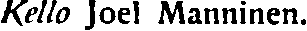
Kello Joel Manninen.